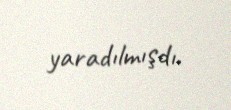
yaradılmışdı.